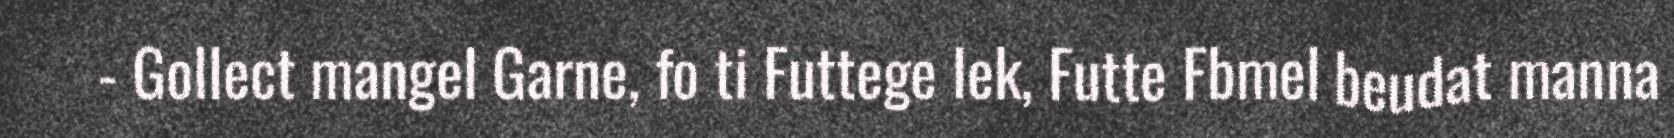
- Gollect mangel Garne, fo ti Futtege lek, Futte Fbmel beudat manna